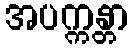
အပက္ကန္တာ